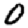
Digit: 0